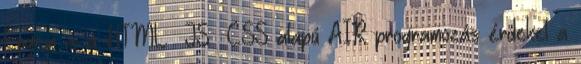
Engem is a HTML JS CSS alapú AIR programozás érdekel a